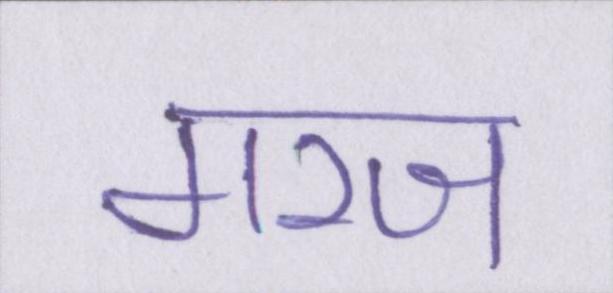
गरज